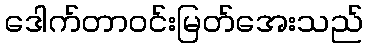
ဒေါက်တာဝင်းမြတ်အေးသည်